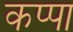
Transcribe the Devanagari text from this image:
कप्‍पा